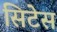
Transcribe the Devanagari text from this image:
सिटेस